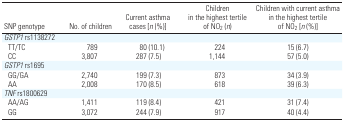
| SNP genotype | No. of children | Current asthma cases [n (%)] | Children in the highest tertile of NO2 (n) | Children with current asthma in the highest tertile of NO2 [n (%)] |
 | --- | --- | --- | --- | --- |
 | GSTP1 rs1138272 |
 | TT/TC | 789 | 80 (10.1) | 224 | 15 (6.7) |
 | CC | 3,807 | 287 (7.5) | 1,144 | 57 (5.0) |
 | GSTP1 rs1695 |
 | GG/GA | 2,740 | 199 (7.3) | 873 | 34 (3.9) |
 | AA | 2,008 | 170 (8.5) | 618 | 39 (6.3) |
 | TNF rs1800629 |
 | AA/AG | 1,411 | 119 (8.4) | 421 | 31 (7.4) |
 | GG | 3,072 | 244 (7.9) | 917 | 40 (4.4) |